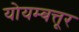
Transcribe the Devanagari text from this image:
योयम्बत्तूर